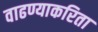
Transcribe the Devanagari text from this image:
वाढण्याकरिता